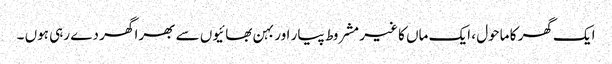
ایک گھر کا ماحول ، ایک ماں کا غیر مشروط پیار اور بہن بھائیوں سے بھرا گھر دے رہی ہوں ۔